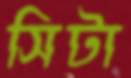
সিটা